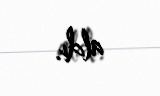
aldı.